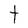
Character: t